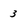
Character: 3